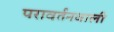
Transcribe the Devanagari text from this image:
परावर्तनवाली